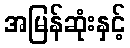
အမြန်ဆုံးနှင့်